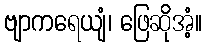
ဗျာကရေယျံ၊ ဖြေဆိုအံ့။